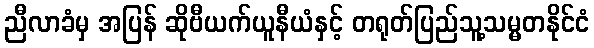
ညီလာခံမှ အပြန် ဆိုဗီယက်ယူနီယံနှင့် တရုတ်ပြည်သူ့သမ္မတနိုင်ငံ